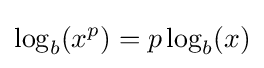
\log _{b}(x^{p})=p\log _{b}(x)